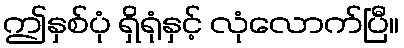
ဤနှစ်ပုံ ရှိရုံနှင့် လုံလောက်ပြီ။